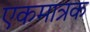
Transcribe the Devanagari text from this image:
एकमात्रक